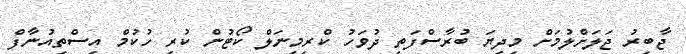
ޖާބިރު ޖަލަށްލުމަށް މިދިޔަ ބުރާސްފަތި ދުވަހު ކްރިމިނަލް ކޯޓުން ކުރި ހުކުމް އިސްތިއުނާފް